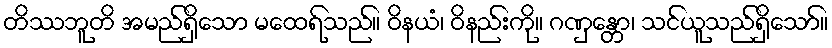
တိဿဘူတိ အမည်ရှိသော မထေရ်သည်။ ဝိနယံ၊ ဝိနည်းကို။ ဂဏှန္တော၊ သင်ယူသည်ရှိသော်။